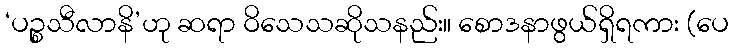
‘ပဉ္စသီလာနိ’ဟု ဆရာ ဝိသေသဆိုသနည်း။ စောဒနာဖွယ်ရှိရကား (ပေ